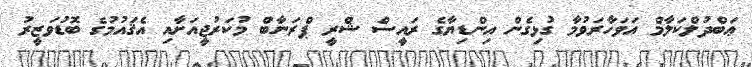
ޢަބްދުލްކަލާމް އަވަހާރަވުމާ ގުޅިގެން އިންޑިޔާގެ ރައީސް ޝްރީ ޕްރަނާބް މުކަރުޖީއަށާއި އެޤައުމުގެ ބޮޑުވަޒީރު